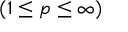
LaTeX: ( 1 \leq { p } \leq \infty )